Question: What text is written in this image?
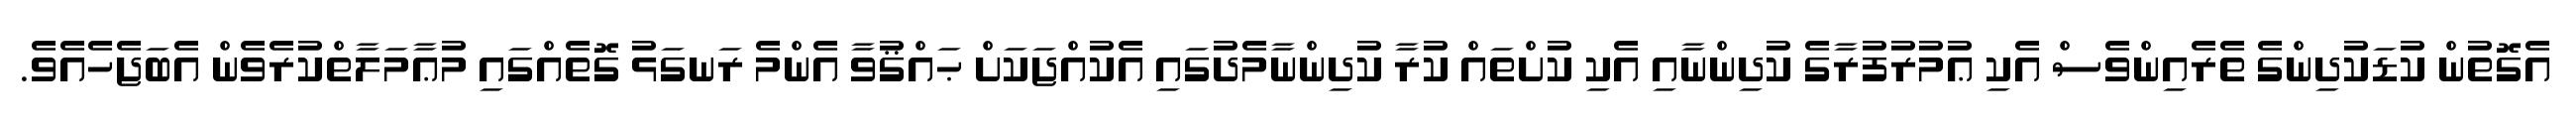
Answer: އެގޮތުން ކުޑަކުދިންގެ ތެރެއިންވެސް އެކި ޢުމުރުފުރާގެ ކުދިންނާއި އެކި ކުށްތައް ކުރާ ކުދިންނާމެދުގައި އެކުއްޖަކަށް ޙައްޤުވާ އެންމެ ރަނގަޅު ގޮތެއްގައި މުޢާމަލާތްކުރެވެން އެބަޖެހެއެވެ.